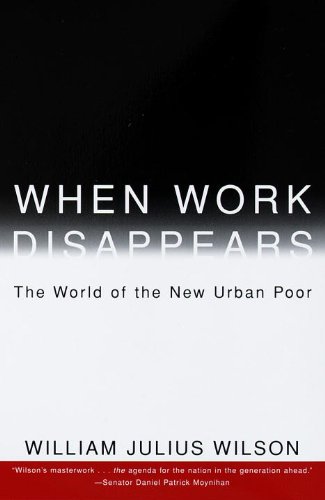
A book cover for When Work Disappears : The World of the New Urban Poor; William Julius Wilson; Politics & Social Sciences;